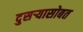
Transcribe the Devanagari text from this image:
दुसऱ्यासोबत